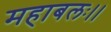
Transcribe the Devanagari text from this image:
महाबलः।।